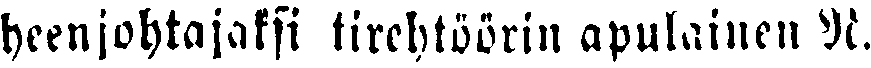
heenjohtajaksi tirehtöörin apulainen Vt.